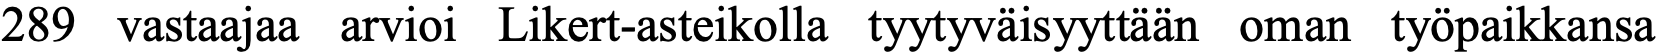
289 vastaajaa arvioi Likert-asteikolla tyytyväisyyttään oman työpaikkansa